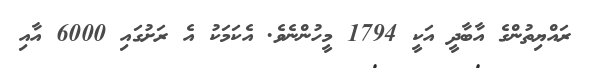
ރައްޔިތުންގެ އާބާދީ އަކީ 1794 މީހުންނެވެ. އެކަމަކު އެ ރަށުގައި 6000 އާއި